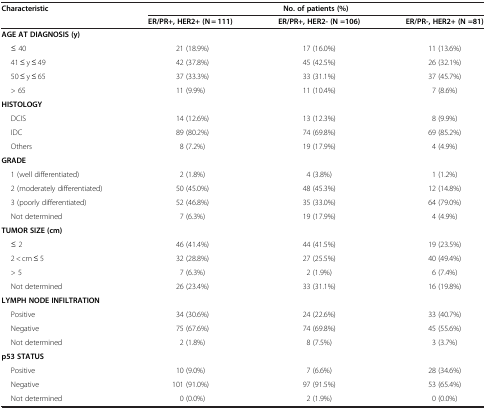
<table><thead><tr><td rowspan="2"><b>Characteristic</b></td><td><b> </b></td><td><b>No. of patients (%)</b></td><td><b> </b></td></tr><tr><td><b>ER/PR+, HER2+ (N = 111)</b></td><td><b>ER/PR+, HER2- (N =106)</b></td><td><b>ER/PR-, HER2+ (N =81)</b></td></tr></thead><tbody><tr><td colspan="4"><b>AGE AT DIAGNOSIS (y)</b></td></tr><tr><td>≤ 40</td><td>21 (18.9%)</td><td>17 (16.0%)</td><td>11 (13.6%)</td></tr><tr><td>41 ≤ y ≤ 49</td><td>42 (37.8%)</td><td>45 (42.5%)</td><td>26 (32.1%)</td></tr><tr><td>50 ≤ y ≤ 65</td><td>37 (33.3%)</td><td>33 (31.1%)</td><td>37 (45.7%)</td></tr><tr><td>&gt; 65</td><td>11 (9.9%)</td><td>11 (10.4%)</td><td> 7 (8.6%)</td></tr><tr><td colspan="4"><b>HISTOLOGY</b></td></tr><tr><td>DCIS</td><td>14 (12.6%)</td><td>13 (12.3%)</td><td> 8 (9.9%)</td></tr><tr><td>IDC</td><td>89 (80.2%)</td><td>74 (69.8%)</td><td>69 (85.2%)</td></tr><tr><td>Others</td><td> 8 (7.2%)</td><td>19 (17.9%)</td><td> 4 (4.9%)</td></tr><tr><td colspan="4"><b>GRADE</b></td></tr><tr><td>1 (well differentiated)</td><td> 2 (1.8%)</td><td> 4 (3.8%)</td><td> 1 (1.2%)</td></tr><tr><td>2 (moderately differentiated)</td><td>50 (45.0%)</td><td>48 (45.3%)</td><td>12 (14.8%)</td></tr><tr><td>3 (poorly differentiated)</td><td>52 (46.8%)</td><td>35 (33.0%)</td><td>64 (79.0%)</td></tr><tr><td>Not determined</td><td> 7 (6.3%)</td><td>19 (17.9%)</td><td> 4 (4.9%)</td></tr><tr><td colspan="4"><b>TUMOR SIZE (cm)</b></td></tr><tr><td>≤ 2</td><td>46 (41.4%)</td><td>44 (41.5%)</td><td>19 (23.5%)</td></tr><tr><td>2 &lt; cm ≤ 5</td><td>32 (28.8%)</td><td>27 (25.5%)</td><td>40 (49.4%)</td></tr><tr><td>&gt; 5</td><td> 7 (6.3%)</td><td> 2 (1.9%)</td><td> 6 (7.4%)</td></tr><tr><td>Not determined</td><td>26 (23.4%)</td><td>33 (31.1%)</td><td>16 (19.8%)</td></tr><tr><td colspan="4"><b>LYMPH NODE INFILTRATION</b></td></tr><tr><td>Positive</td><td>34 (30.6%)</td><td>24 (22.6%)</td><td>33 (40.7%)</td></tr><tr><td>Negative</td><td>75 (67.6%)</td><td>74 (69.8%)</td><td>45 (55.6%)</td></tr><tr><td>Not determined</td><td> 2 (1.8%)</td><td> 8 (7.5%)</td><td> 3 (3.7%)</td></tr><tr><td colspan="4"><b>p53 STATUS</b></td></tr><tr><td>Positive</td><td> 10 (9.0%)</td><td> 7 (6.6%)</td><td>28 (34.6%)</td></tr><tr><td>Negative</td><td>101 (91.0%)</td><td>97 (91.5%)</td><td>53 (65.4%)</td></tr><tr><td>Not determined</td><td> 0 (0.0%)</td><td> 2 (1.9%)</td><td> 0 (0.0%)</td></tr></tbody></table>